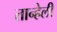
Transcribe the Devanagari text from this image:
तान्हेली